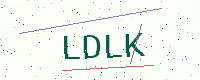
Text: LDLK